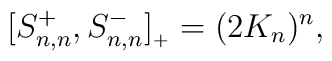
[S^+_{n,n},S^-_{n,n}]_{{}_+}=(2K_n)^n,